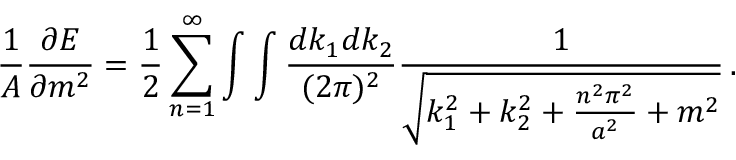
{ \frac { 1 } { A } } { \frac { \partial { \cal E } } { \partial m ^ { 2 } } } = { \frac { 1 } { 2 } } \sum _ { n = 1 } ^ { \infty } \int \int { \frac { d k _ { 1 } d k _ { 2 } } { ( 2 \pi ) ^ { 2 } } } { \frac { 1 } { \sqrt { k _ { 1 } ^ { 2 } + k _ { 2 } ^ { 2 } + { \frac { n ^ { 2 } \pi ^ { 2 } } { a ^ { 2 } } } + m ^ { 2 } } } } \, .